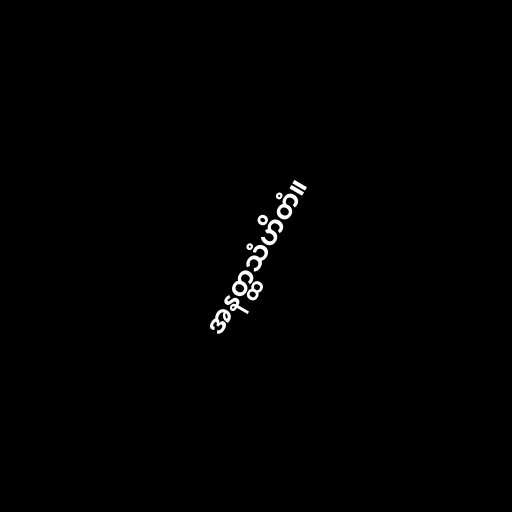
အနတ္ထသံဟိတံ။